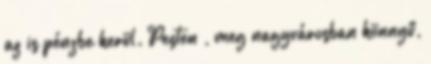
az is pénzbe kerül. Pesten , meg nagyvárosban könnyű,